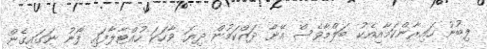
ލިބުނު ހައިރާންކަމާއިއެކު ބަލްމާވެސް އޭނާ ދައްކަމުން ދިޔަ ވާހަކަ ހުއްޓާލާފައި ފޯނު ނަގައިގެން